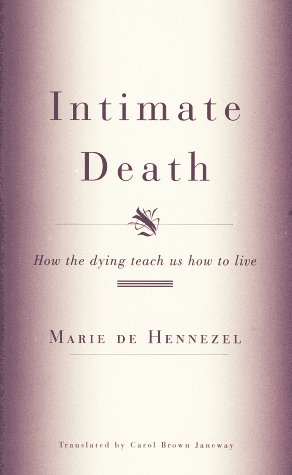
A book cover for Intimate Death: How the dying teach us how to live; Marie De Hennezel; Medical Books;